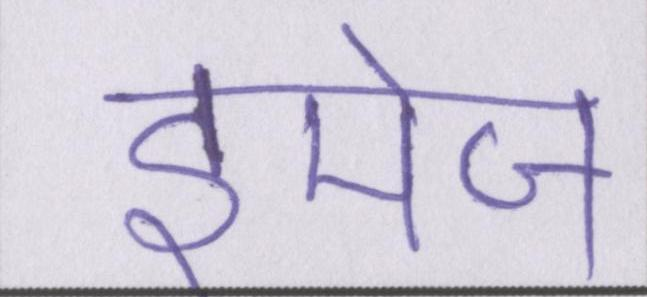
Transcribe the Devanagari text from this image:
इमेज